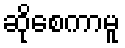
ဆိုစေကာမူ